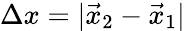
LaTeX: \Delta x=|\vec{x}_{2}-\vec{x}_{1}|